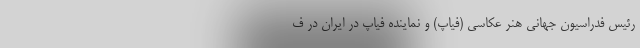
رئیس فدراسیون جهانی هنر عکاسی (فیاپ) و نماینده فیاپ در ایران در ف